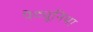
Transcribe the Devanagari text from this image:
पेट्यूनिया